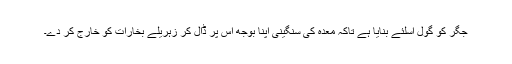
جِگر کو گول اِسلئے بنایا ہے تاکہ معدہ کی سنگینی اپنا بوجھ اس پر ڈال کر زہریلے بُخارات کو خارج کر دے۔